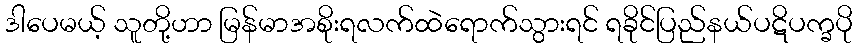
ဒါပေမယ့် သူတို့ဟာ မြန်မာအစိုးရလက်ထဲရောက်သွားရင် ရခိုင်ပြည်နယ်ပဋိပက္ခပို